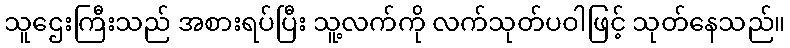
သူဌေးကြီးသည် အစားရပ်ပြီး သူ့လက်ကို လက်သုတ်ပဝါဖြင့် သုတ်နေသည်။